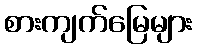
စားကျက်မြေများ